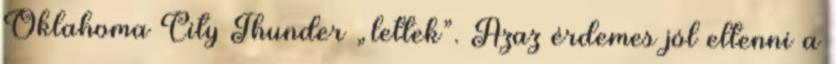
Oklahoma City Thunder „lettek”. Azaz érdemes jól eltenni a